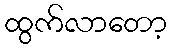
ထွက်လာတော့